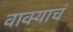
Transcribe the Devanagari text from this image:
वाक्याचं